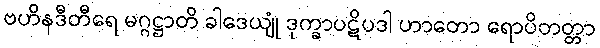
ဗဟိနဒီတီရေ မဂ္ဂဋ္ဌာတိ ခါဒေယျုံ ဒုက္ခာပဋိပဒါ ဟာတော ရောပိတတ္တာ